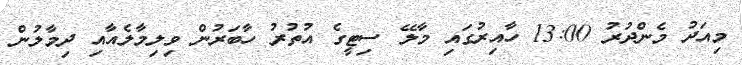
މިއަދު މެންދުރު 13:00 ހާއިރުގައި މާލޭ ސިޓީގެ އުތުރު ހާބަރުން ވިލިމާލެއާއި ދިމާލުން